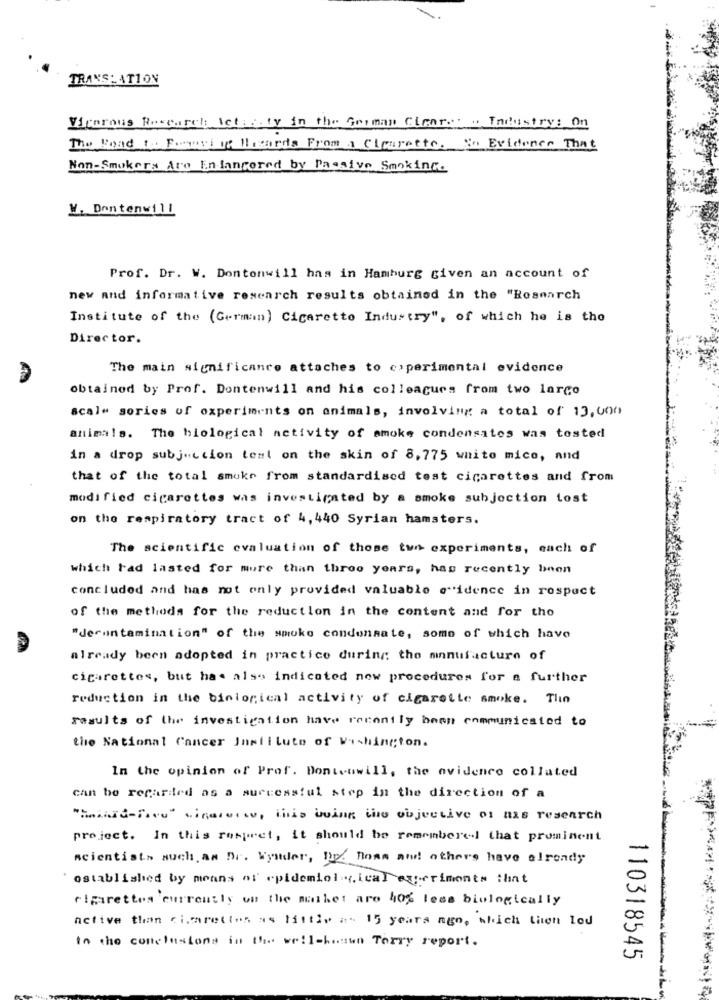
TRANSLATION
Vicerous Research Actassty in the German Clear ... .. Industry: On
The Road 1. Fomos of M cards From a Cigarette. S. Evidence That
Non-Smokers Are Endangered by Passive Smoking.
W, Dontenwill
Prof. Dr. W. Dontonwill has in Hamburg given an account of
new and informative research results obtained in the "Research
Institute of the (German) Cigarette Industry", of which he is the
Director.
The main significance attaches to coperimental evidence
obtained by Prof. Dontenwill and his colleagues from two largo
scal" gories of oxperiments on animals, involving a total of 13,000
animals. The biological activity of smoke condensatos was tested
in a drop subjection test on the skin of 8,775 wnito mico, and
that of the total smoke from standardised test cigarettes and from
modified cigarettes was investigated by a smoke subjection tost
on the respiratory tract of 4,440 Syrian hamsters.
The scientific evaluation of those two experiments, each of
which had lasted for more than three years, has recently bnon
concluded and has not only provided valuable evidence in respect
of the methods for the reduction in the content and for the
"deruntamination" of the smoke condensate, some of which have
already been adopted in practice during the manufacture of
cigarettes, but has also indicated now procedures for a further
reduction in the biological activity of cigarette smoke. The
results of the investigation have recently been communicated to
the National Cancer Institute of Washington.
In the opinion of Prof. Donteuwill, the evidence collated
can be regarded as a successful step in the direction of a
"Minid-free" cinaroots, This being the objective of mas research
project. In this respect, it should be remembered that prominent
scientists such. an Dr. Wystder, hp. Boas and others have already
established by means of epidemiological experiments that
cigarettes currently on the market are 40% less biologically
Active than cimrettes as little as 15 years ago, which thon lod
In the conclusions in the well-houw Terry report.
110318545